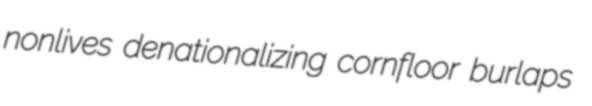
nonlives denationalizing cornfloor burlaps